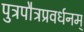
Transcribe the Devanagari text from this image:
पुत्रपौत्रप्रवर्धनम्